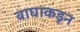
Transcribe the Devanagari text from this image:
वाघाकडून